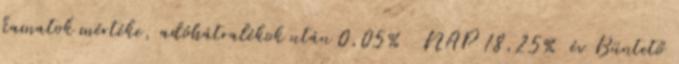
kamatok mértéke, adóhátralékok után 0,05% NAP 18,25% év Büntető